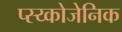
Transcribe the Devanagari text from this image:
प्स्य्कोजेनिक